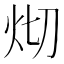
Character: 𤆻